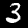
Label: 3